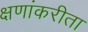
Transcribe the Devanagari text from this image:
क्षणांकरीता